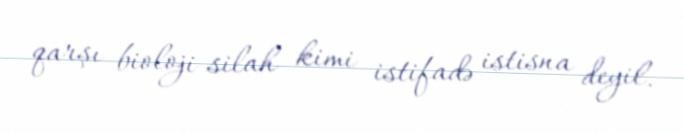
qarşı bioloji silah kimi istifadə istisna deyil.